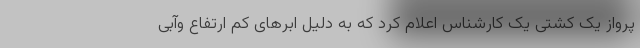
پرواز یک کشتی یک کارشناس اعلام کرد که به دلیل ابرهای کم ارتفاع وآبی